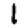
Digit: 1